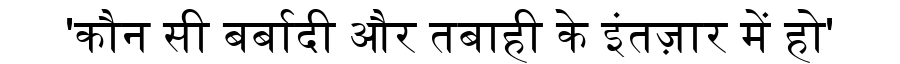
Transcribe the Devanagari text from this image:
'कौन सी बर्बादी और तबाही के इंतज़ार में हो'